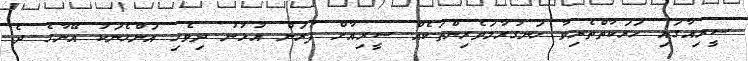
ސީރިއާގައި ހަރަކާތްތެރިވާ ހަނގުރާމަވެރިންތަކެއް ސީރިއާށް ފުރަން އުޅުނު ދިވެހި އަންހެނަކު އޭނާގެ ދެ